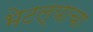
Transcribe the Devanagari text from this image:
भेटल्याचा